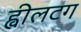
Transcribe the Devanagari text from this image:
ह्वीलटग